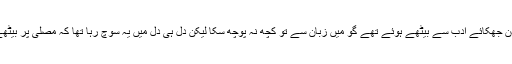
حضرت پیر مٹھا قدس سرہ گردن جھکائے ادب سے بیٹھے ہوئے تھے گو میں زبان سے تو کچھ نہ پوچھ سکا لیکن دل ہی دل میں یہ سوچ رہا تھا کہ مصلیٰ پر بیٹھے ہوئے پرنور بزرگ کون ہیں۔